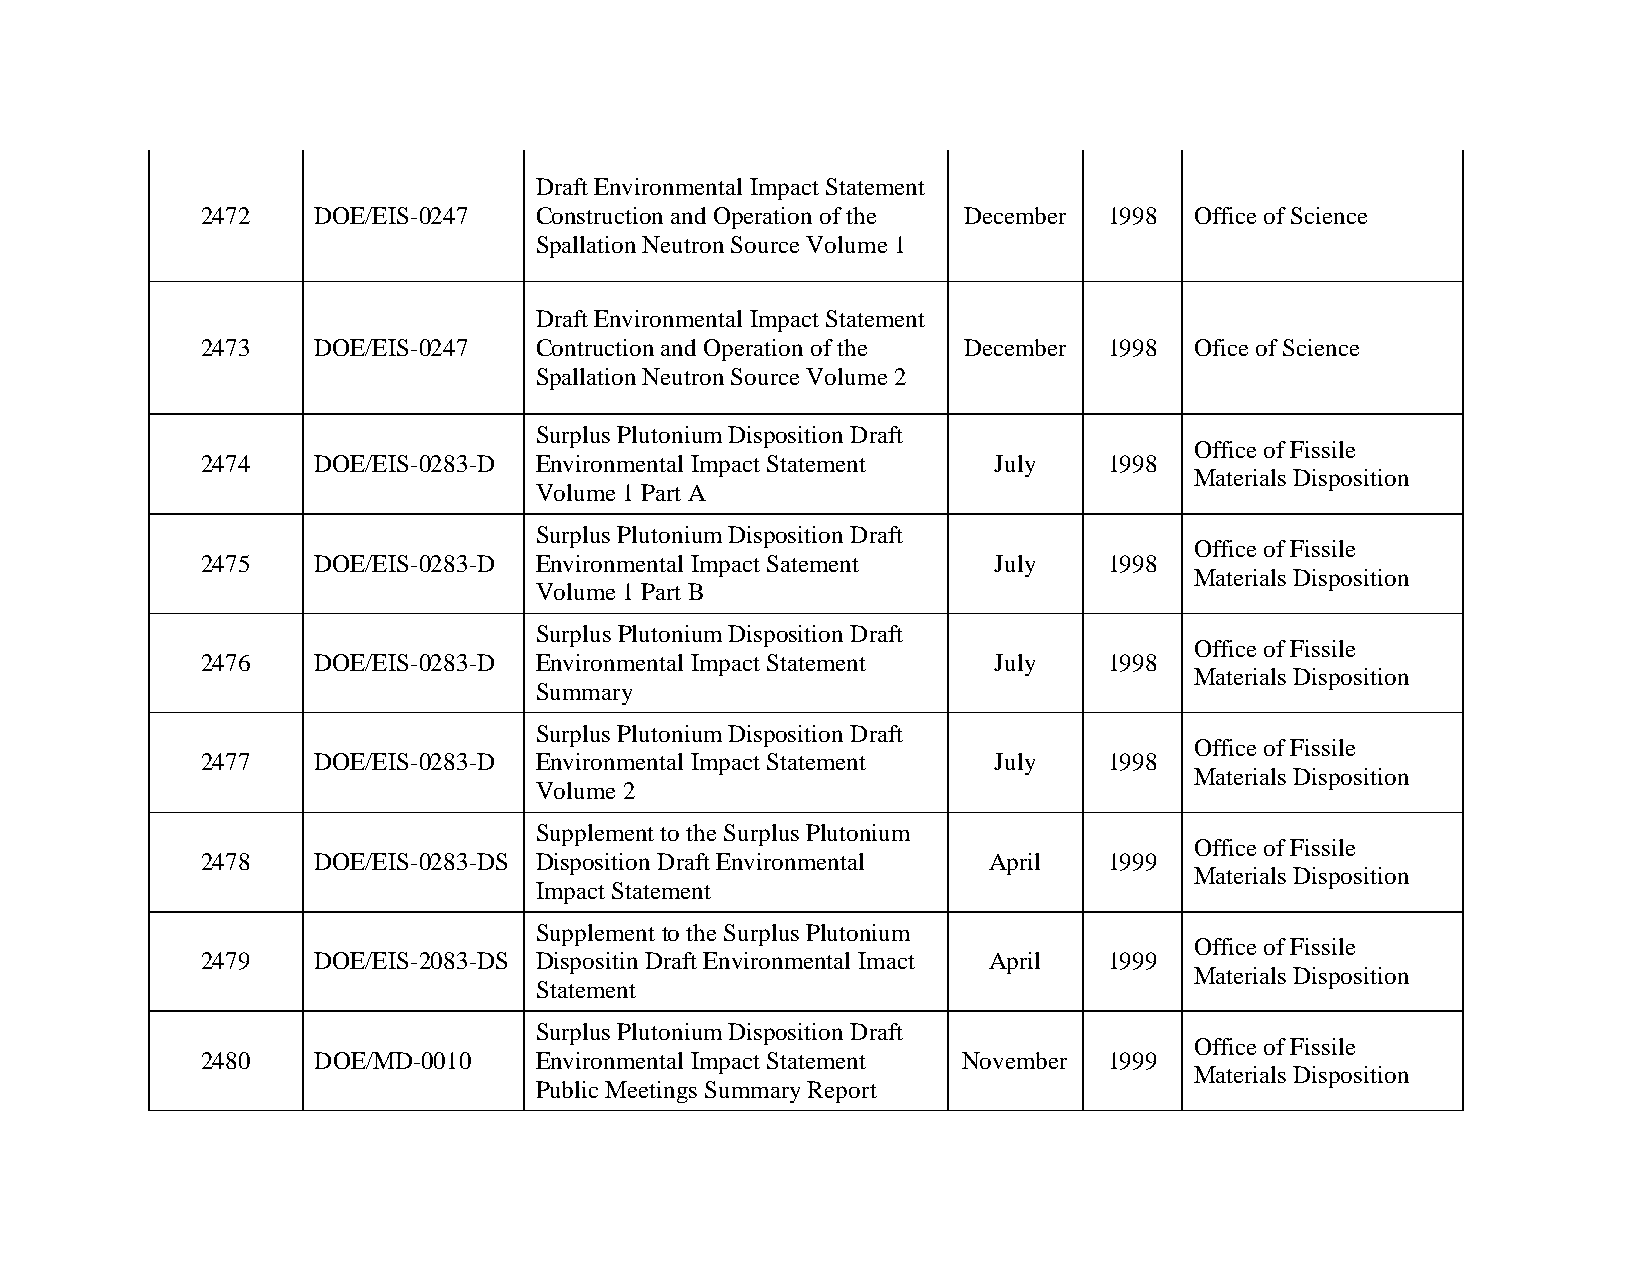
Draft Environmental Impact Statement
 2472    DOE/EIS-0247  Construction and Operation of the December 1998 Office of Science
 Spallation Neutron Source Volume 1
 Draft Environmental Impact Statement
 2473    DOE/EIS-0247  Contruction and Operation of the December 1998 Ofice of Science
 Spallation Neutron Source Volume 2
 Surplus Plutonium Disposition Draft
 Office of Fissile
 2474    DOE/EIS-0283-D Environmental Impact Statement July  1998
 Materials Disposition
 Volume 1 Part A
 Surplus Plutonium Disposition Draft
 Office of Fissile
 2475    DOE/EIS-0283-D Environmental Impact Satement July   1998
 Materials Disposition
 Volume 1 Part B
 Surplus Plutonium Disposition Draft
 Office of Fissile
 2476    DOE/EIS-0283-D Environmental Impact Statement July  1998
 Materials Disposition
 Summary
 Surplus Plutonium Disposition Draft
 Office of Fissile
 2477    DOE/EIS-0283-D Environmental Impact Statement July  1998
 Materials Disposition
 Volume 2
 Supplement to the Surplus Plutonium
 Office of Fissile
 2478    DOE/EIS-0283-DS Disposition Draft Environmental April 1999
 Materials Disposition
 Impact Statement
 Supplement to the Surplus Plutonium
 Office of Fissile
 2479    DOE/EIS-2083-DS Dispositin Draft Environmental Imact April 1999
 Materials Disposition
 Statement
 Surplus Plutonium Disposition Draft
 Office of Fissile
 2480    DOE/MD-0010   Environmental Impact Statement November 1999
 Materials Disposition
 Public Meetings Summary Report